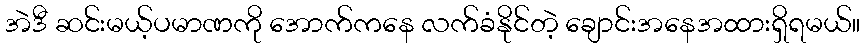
အဲဒီ ဆင်းမယ့်ပမာဏကို အောက်ကနေ လက်ခံနိုင်တဲ့ ချောင်းအနေအထားရှိရမယ်။